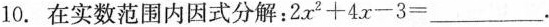
10.在实数范围内因式分解：$$2 x ^ { 2 } + 4 x - 3 =$$___.